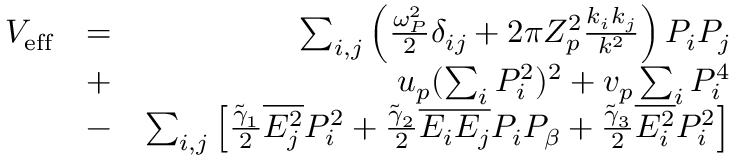
\begin{array} { r l r } { V _ { \mathrm { e f f } } } & { = } & { \sum _ { i , j } \left( \frac { \omega _ { P } ^ { 2 } } { 2 } \delta _ { i j } + 2 \pi Z _ { p } ^ { 2 } \frac { k _ { i } k _ { j } } { k ^ { 2 } } \right) P _ { i } P _ { j } } \\ & { + } & { u _ { p } ( \sum _ { i } P _ { i } ^ { 2 } ) ^ { 2 } + v _ { p } \sum _ { i } P _ { i } ^ { 4 } } \\ & { - } & { \sum _ { i , j } \left[ \frac { \tilde { \gamma } _ { 1 } } { 2 } \overline { { E _ { j } ^ { 2 } } } P _ { i } ^ { 2 } + \frac { \tilde { \gamma } _ { 2 } } { 2 } \overline { { E _ { i } E _ { j } } } P _ { i } P _ { \beta } + \frac { \tilde { \gamma } _ { 3 } } { 2 } \overline { { E _ { i } ^ { 2 } } } P _ { i } ^ { 2 } \right] } \end{array}